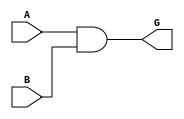
`timescale 1ns / 1ps
`default_nettype none //helps catch typo-related bugs
//////////////////////////////////////////////////////////////////////////////////
// 
// CS 141 - Fall 2015
// Module Name:    cla_generate 
// Author(s): 
// Description: 
//
//
//////////////////////////////////////////////////////////////////////////////////
module cla_generate(A, B, G);
	
	input wire A, B;
	output wire G;
	
	assign G = A & B;


endmodule
`default_nettype wire //some Xilinx IP requires that the default_nettype be set to wire